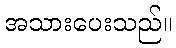
အသားပေးသည်။